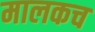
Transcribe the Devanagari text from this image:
मालकच